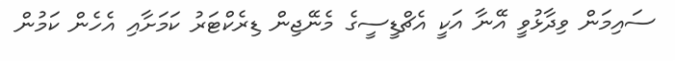
ސައިމަން ވިދާޅުވީ އޭނާ އަކީ އެޗްޑީސީގެ މެނޭޖިން ޑިރެކްޓަރު ކަމަށާއި އެހެން ކަމުން